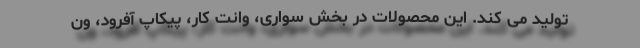
تولید می کند. این محصولات در بخش سواری، وانت کار، پیکاپ آفرود، ون